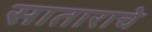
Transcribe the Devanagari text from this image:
साताराचे